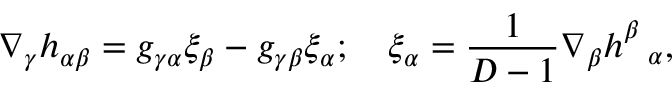
\nabla _ { \gamma } h _ { \alpha \beta } = g _ { \gamma \alpha } \xi _ { \beta } - g _ { \gamma \beta } \xi _ { \alpha } ; \quad \xi _ { \alpha } = \frac { 1 } { D - 1 } \nabla _ { \beta } h _ { ~ ~ \alpha } ^ { \beta } ,